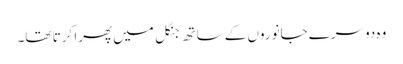
وہ دوسرے جانوروں کے ساتھ جنگل میں پھرا کرتا تھا۔